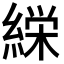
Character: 𮈰